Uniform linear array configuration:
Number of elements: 64
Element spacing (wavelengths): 1
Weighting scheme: kaiser
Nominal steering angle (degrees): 15
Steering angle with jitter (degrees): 14.805
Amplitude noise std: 0.05
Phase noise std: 0.05

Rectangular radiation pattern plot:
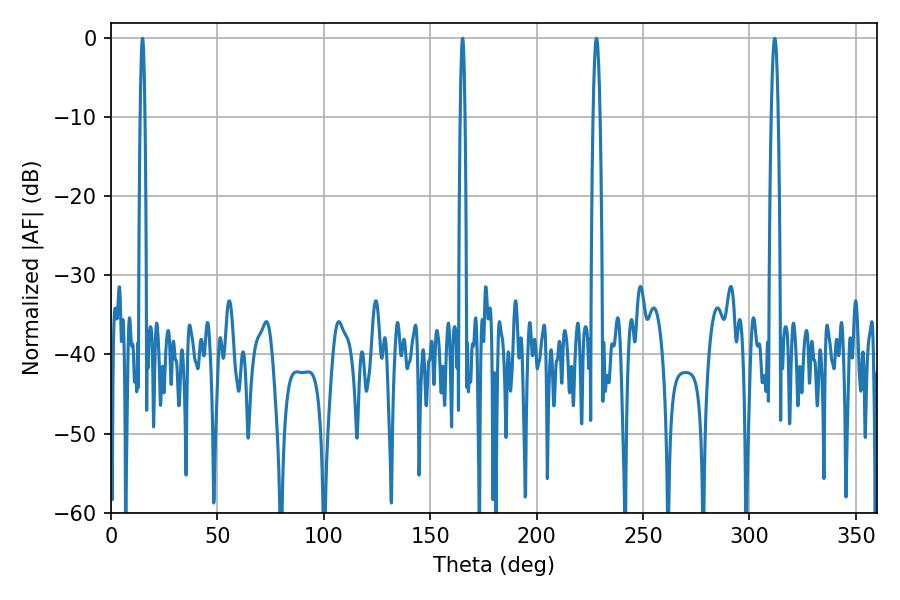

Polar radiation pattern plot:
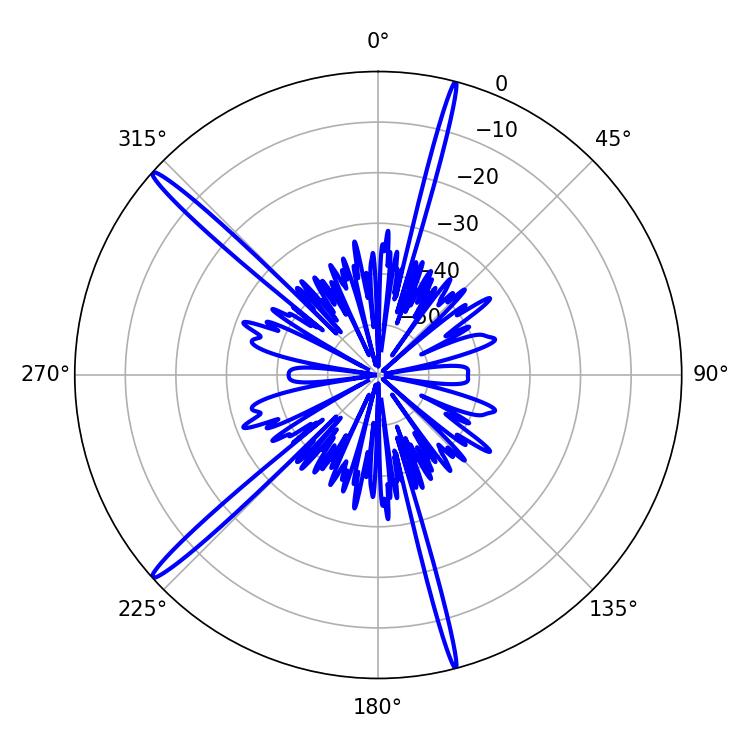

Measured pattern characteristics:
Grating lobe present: TRUE
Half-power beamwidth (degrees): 1.62
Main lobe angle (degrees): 228.06